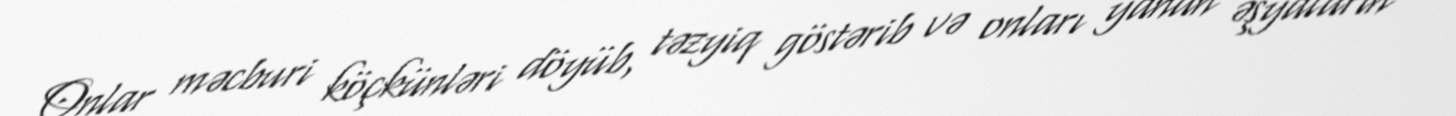
Onlar məcburi köçkünləri döyüb, təzyiq göstərib və onları yanan əşyaların